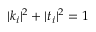
| k _ { i } | ^ { 2 } + | t _ { i } | ^ { 2 } = 1